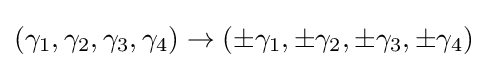
(\gamma _{1},\gamma _{2},\gamma _{3},\gamma _{4})\rightarrow (\pm \gamma _{1},\pm \gamma _{2},\pm \gamma _{3},\pm \gamma _{4})